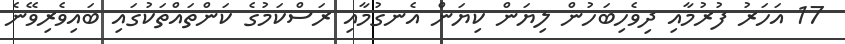
17 އަހަރު ފުރުމާއި ދިވެހިބަހުން ލިޔަން ކިޔަން އެނގުމާއި ރަސްކަމުގެ ކަންތައްތަކުގައި ބައިވެރިވޭނެ